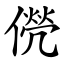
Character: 㒌